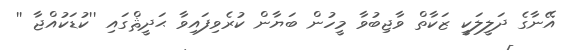
އޭނާގެ ދަލީލަކީ ޒަކާތް ވާޖިބުވާ މީހުން ބަޔާން ކުރެވިފައިވާ ޙަދީޘްގައި ''ކުޑަކުއްޖާ ''